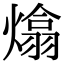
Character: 熻